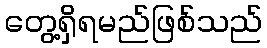
တွေ့ရှိရမည်ဖြစ်သည်